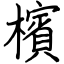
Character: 檳